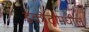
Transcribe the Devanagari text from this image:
डकोटामधील